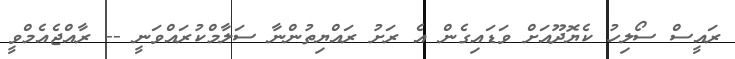
ރައީސް ސޯލިހު ކެޔޮދޫއަށް ވަޑައިގެން އެ ރަށު ރައްޔިތުންނާ ސަލާމްކުރައްވަނީ -- ރާއްޖެއެމްވީ